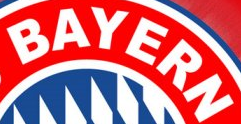
BAYERN